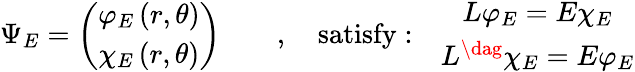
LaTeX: \Psi_{E}=\left(\begin{array}{c}{{\varphi_{E}\left(r,\theta\right)}}\\ {{\chi_{E}\left(r,\theta\right)}}\end{array}\right)\qquad,\quad\mathrm{satisfy:}\quad\begin{array}{c}{{L\varphi_{E}=E\chi_{E}}}\\ {{L^{\dag}\chi_{E}=E\varphi_{E}}}\end{array}